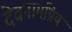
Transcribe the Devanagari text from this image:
देवनामप्रिय